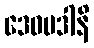
ဒေဝပဒါနိ